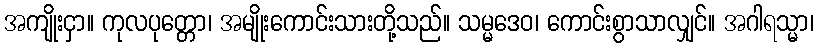
အကျိုးငှာ။ ကုလပုတ္တော၊ အမျိုးကောင်းသားတို့သည်။ သမ္မဒေဝ၊ ကောင်းစွာသာလျှင်။ အဂါရသ္မာ၊